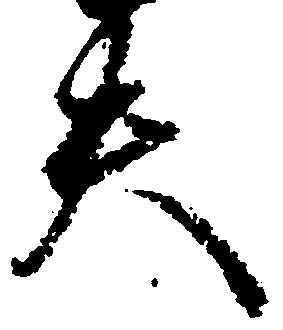
失